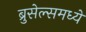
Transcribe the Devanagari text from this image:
ब्रुसेल्समध्ये